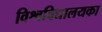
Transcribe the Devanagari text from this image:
विश्वविद्यालयका